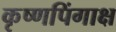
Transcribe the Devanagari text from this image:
कृष्णपिंगाक्ष